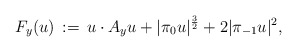
\begin{align*}F_y(u)\,:=\, u\cdot A_y u + |\pi_0 u|^\frac{3}{2} + 2|\pi_{-1}u|^2, \end{align*}